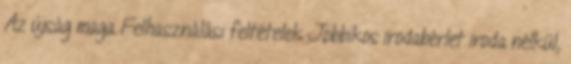
Az újság maga Felhasználási feltételek Jobbikos irodabérlet iroda nélkül,